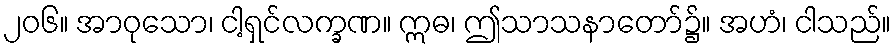
၂၀၆။ အာဝုသော၊ ငါ့ရှင်လက္ခဏ။ ဣဓ၊ ဤသာသနာတော်၌။ အဟံ၊ ငါသည်။